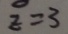
z = 3